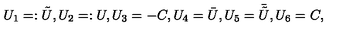
U _ { 1 } = : { \tilde { U } } , U _ { 2 } = : U , U _ { 3 } = - C , U _ { 4 } = { \bar { U } } , U _ { 5 } = { \bar { \tilde { U } } } , U _ { 6 } = C ,